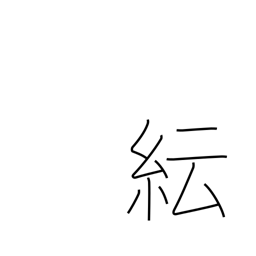
Meaning: confusion